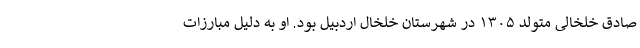
صادق خلخالی متولد ۱۳۰۵ در شهرستان خلخال اردبیل بود. او به دلیل مبارزات